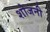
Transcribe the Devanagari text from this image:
शोजनी